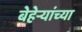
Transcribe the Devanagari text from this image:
बेहेर्‍यांच्या